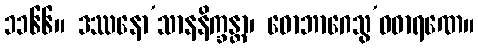
၁၁၆၆။ ဒဿနော’သာနနိက္ခန္တာ၊ ဓောဘာဂေသွ’ဝဓာရဏေ။